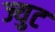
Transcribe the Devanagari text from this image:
ज्युट